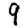
Digit: 9